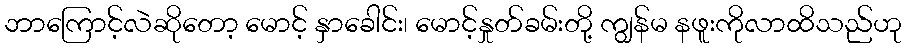
ဘာကြောင့်လဲဆိုတော့ မောင့် နှာခေါင်း၊ မောင့်နှုတ်ခမ်းတို့ ကျွန်မ နဖူးကိုလာထိသည်ဟု